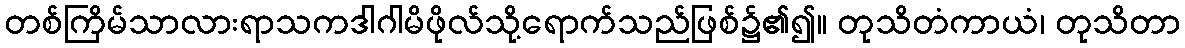
တစ်ကြိမ်သာလားရာသကဒါဂါမိဖိုလ်သို့ရောက်သည်ဖြစ်၌၏၍။ တုသိတံကာယံ၊ တုသိတာ